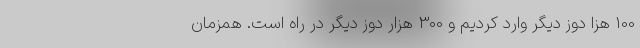
100 هزا دوز دیگر وارد کردیم و 300 هزار دوز دیگر در راه است. همزمان